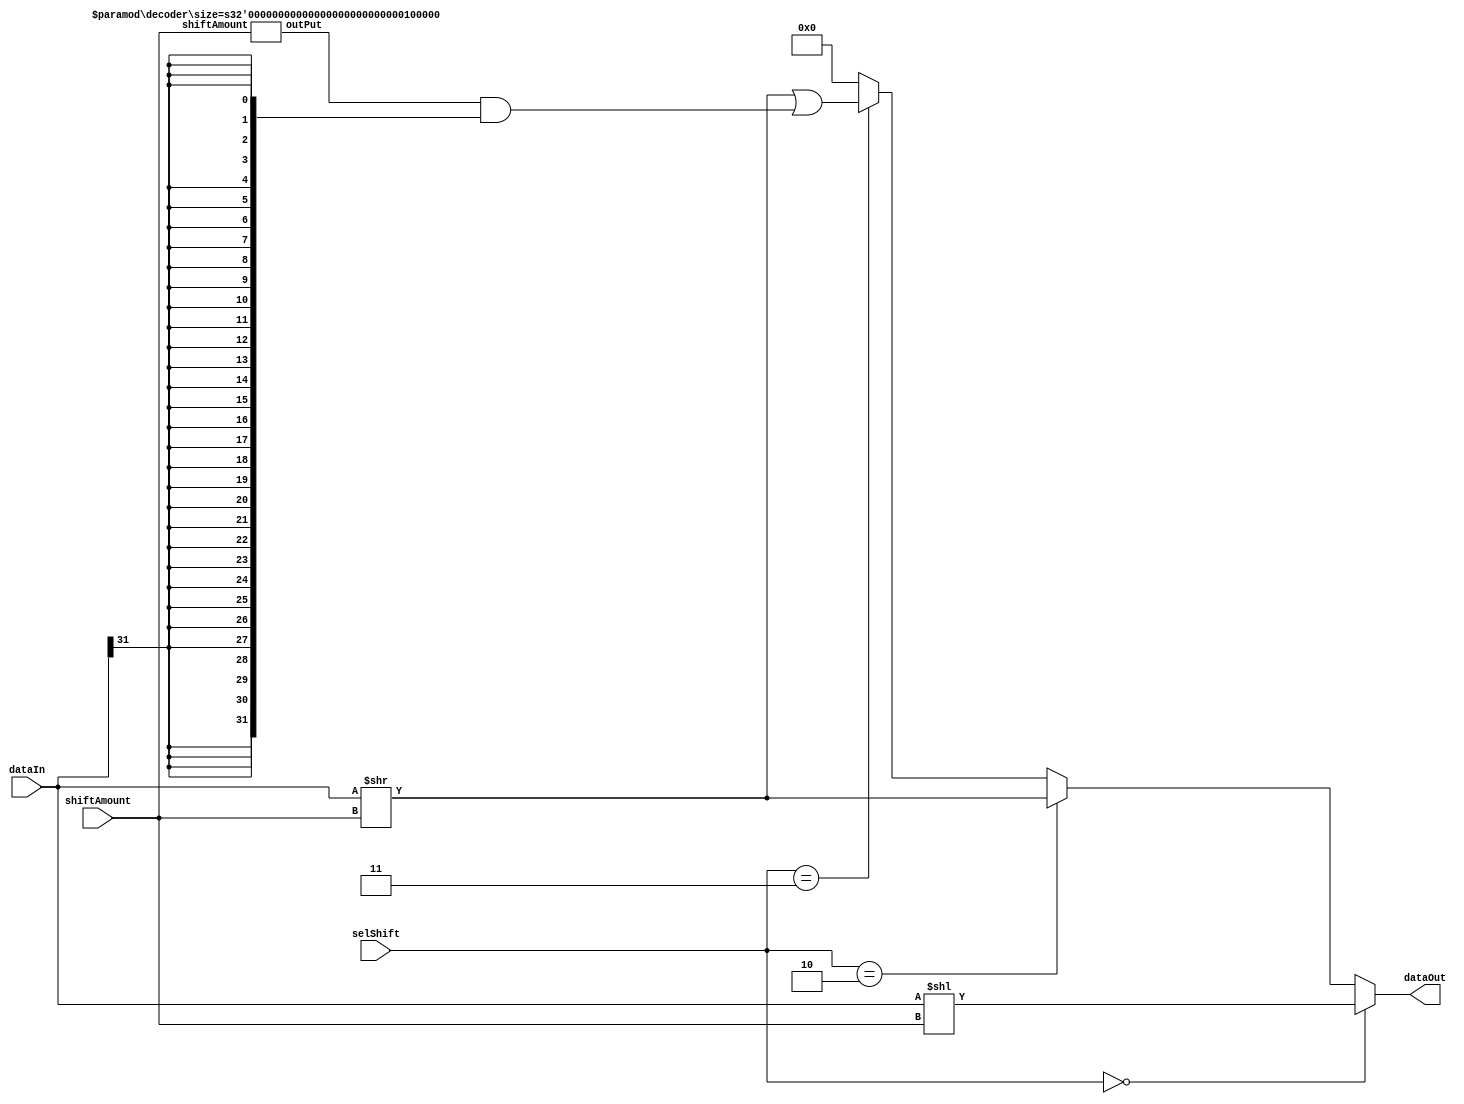
// **************************************************************************************
// Project: AFTAB
// Version: 1.0
// Date:
//
// Module Name: aftab_BSU
// Description:
//
// Dependencies:
//
// File content description:
// BSU for AFTAB datapath
//
// **************************************************************************************
`timescale 1ns/1ns

module aftab_BSU #(parameter size = 32) (
    input [size-1:0] dataIn,
    input [4:0] shiftAmount,
    input [1:0] selShift,
    output reg [size-1:0] dataOut
);

    wire [size-1:0] decoderOut, d;

    decoder#(size) DCD(shiftAmount, decoderOut);

    assign d = (decoderOut & {(size){dataIn[31]}});

    always @(dataIn, shiftAmount, selShift) begin
    if(selShift == 2'b00)
        dataOut = (dataIn << shiftAmount);
    else if(selShift == 2'b10)
        dataOut = (dataIn >> shiftAmount);
    else if(selShift == 2'b11)
        dataOut = (dataIn >> shiftAmount) | d;
    else
        dataOut =  {(size){1'b0}};
    end

endmodule

module decoder #(parameter size = 32) (
    input [4:0] shiftAmount,
    output [size-1:0] outPut
);

    wire [size-1:0] a, b;
    assign a = ~(32'd0);
    assign b = (a >> shiftAmount);
    assign outPut = ~b;

endmodule